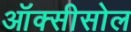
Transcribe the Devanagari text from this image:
ऑक्सीसोल